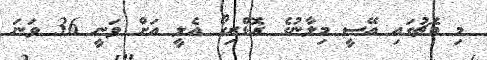
މި މެޗުގައި އޭސީ މިލާނުގެ ރޮޑްރިގޯ އެލީ އަށް ވަނީ 36 ވަނަ